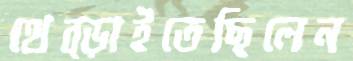
থেব্‌ড়াইতেছিলেন